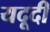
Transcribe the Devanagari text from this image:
यदूदी